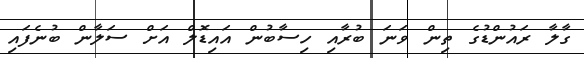
ގާލާ ރައުންޑުގެ ތިން ވަނަ ބުރާއި ހިސާބުން އައިޑޮލް އަށް ސަލާން ބުނެފައި